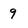
Character: 9